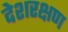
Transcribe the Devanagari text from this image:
देशरक्षण